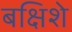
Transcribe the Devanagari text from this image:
बक्षिशे